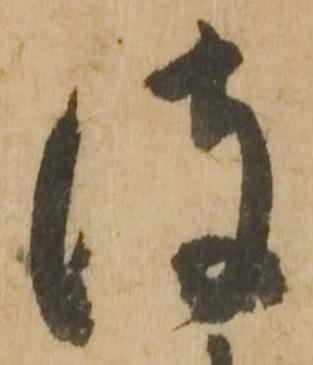
彼